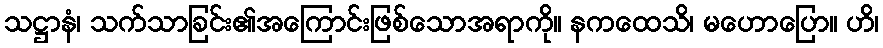
သဋ္ဌာနံ၊ သက်သာခြင်း၏အကြောင်းဖြစ်သောအရာကို။ နကထေသိ၊ မဟောပြော။ ဟိ၊